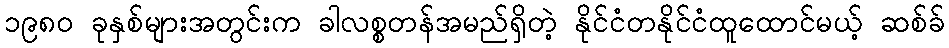
၁၉၈၀ ခုနှစ်များအတွင်းက ခါလစ္စတန်အမည်ရှိတဲ့ နိုင်ငံတနိုင်ငံထူထောင်မယ့် ဆစ်ခ်